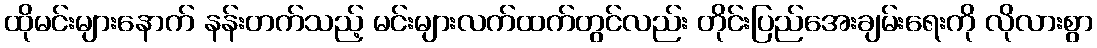
ထိုမင်းများနောက် နန်းတက်သည့် မင်းများလက်ထက်တွင်လည်း တိုင်းပြည်အေးချမ်းရေးကို လိုလားစွာ